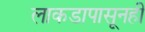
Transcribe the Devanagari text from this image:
लाकडापासूनही